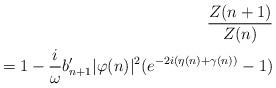
LaTeX: \begin{align*}\frac{Z(n+1)}{Z(n)} \\ = 1-\frac{i}{\omega} b_{n+1}'\vert \varphi(n)\vert^2 (e^{-2i(\eta(n)+\gamma(n))} -1)\\\end{align*}